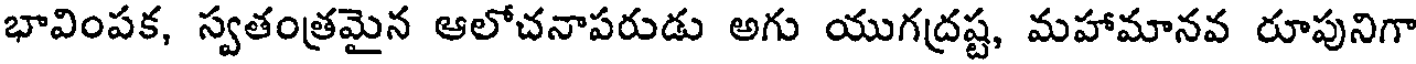
భావింపక, స్వతంత్రమైన ఆలోచనాపరుడు అగు యుగద్రష్ట, మహామానవ రూపునిగా